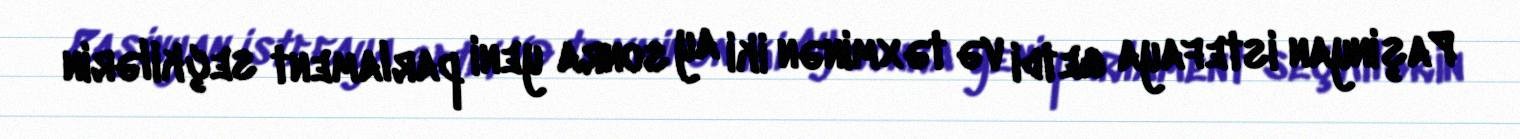
Paşinyan istefaya getdi və təxminən iki ay sonra yeni parlament seçkilərin